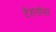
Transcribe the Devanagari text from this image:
टैरागोना